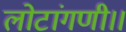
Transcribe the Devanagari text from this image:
लोटांगणी।।